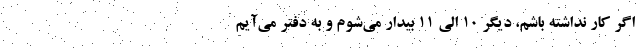
اگر کار نداشته باشم، دیگر ۱۰ الی ۱۱ بیدار می‌شوم و به دفتر می‌آیم